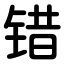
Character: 错